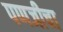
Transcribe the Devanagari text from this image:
पणजीचा